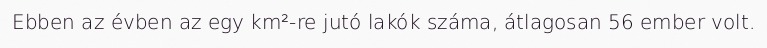
Ebben az évben az egy km²-re jutó lakók száma, átlagosan 56 ember volt.